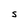
Character: S